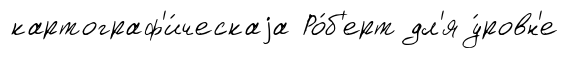
картограф'и́ческаjа Ро́б'ерт дл'я у́ровн'е